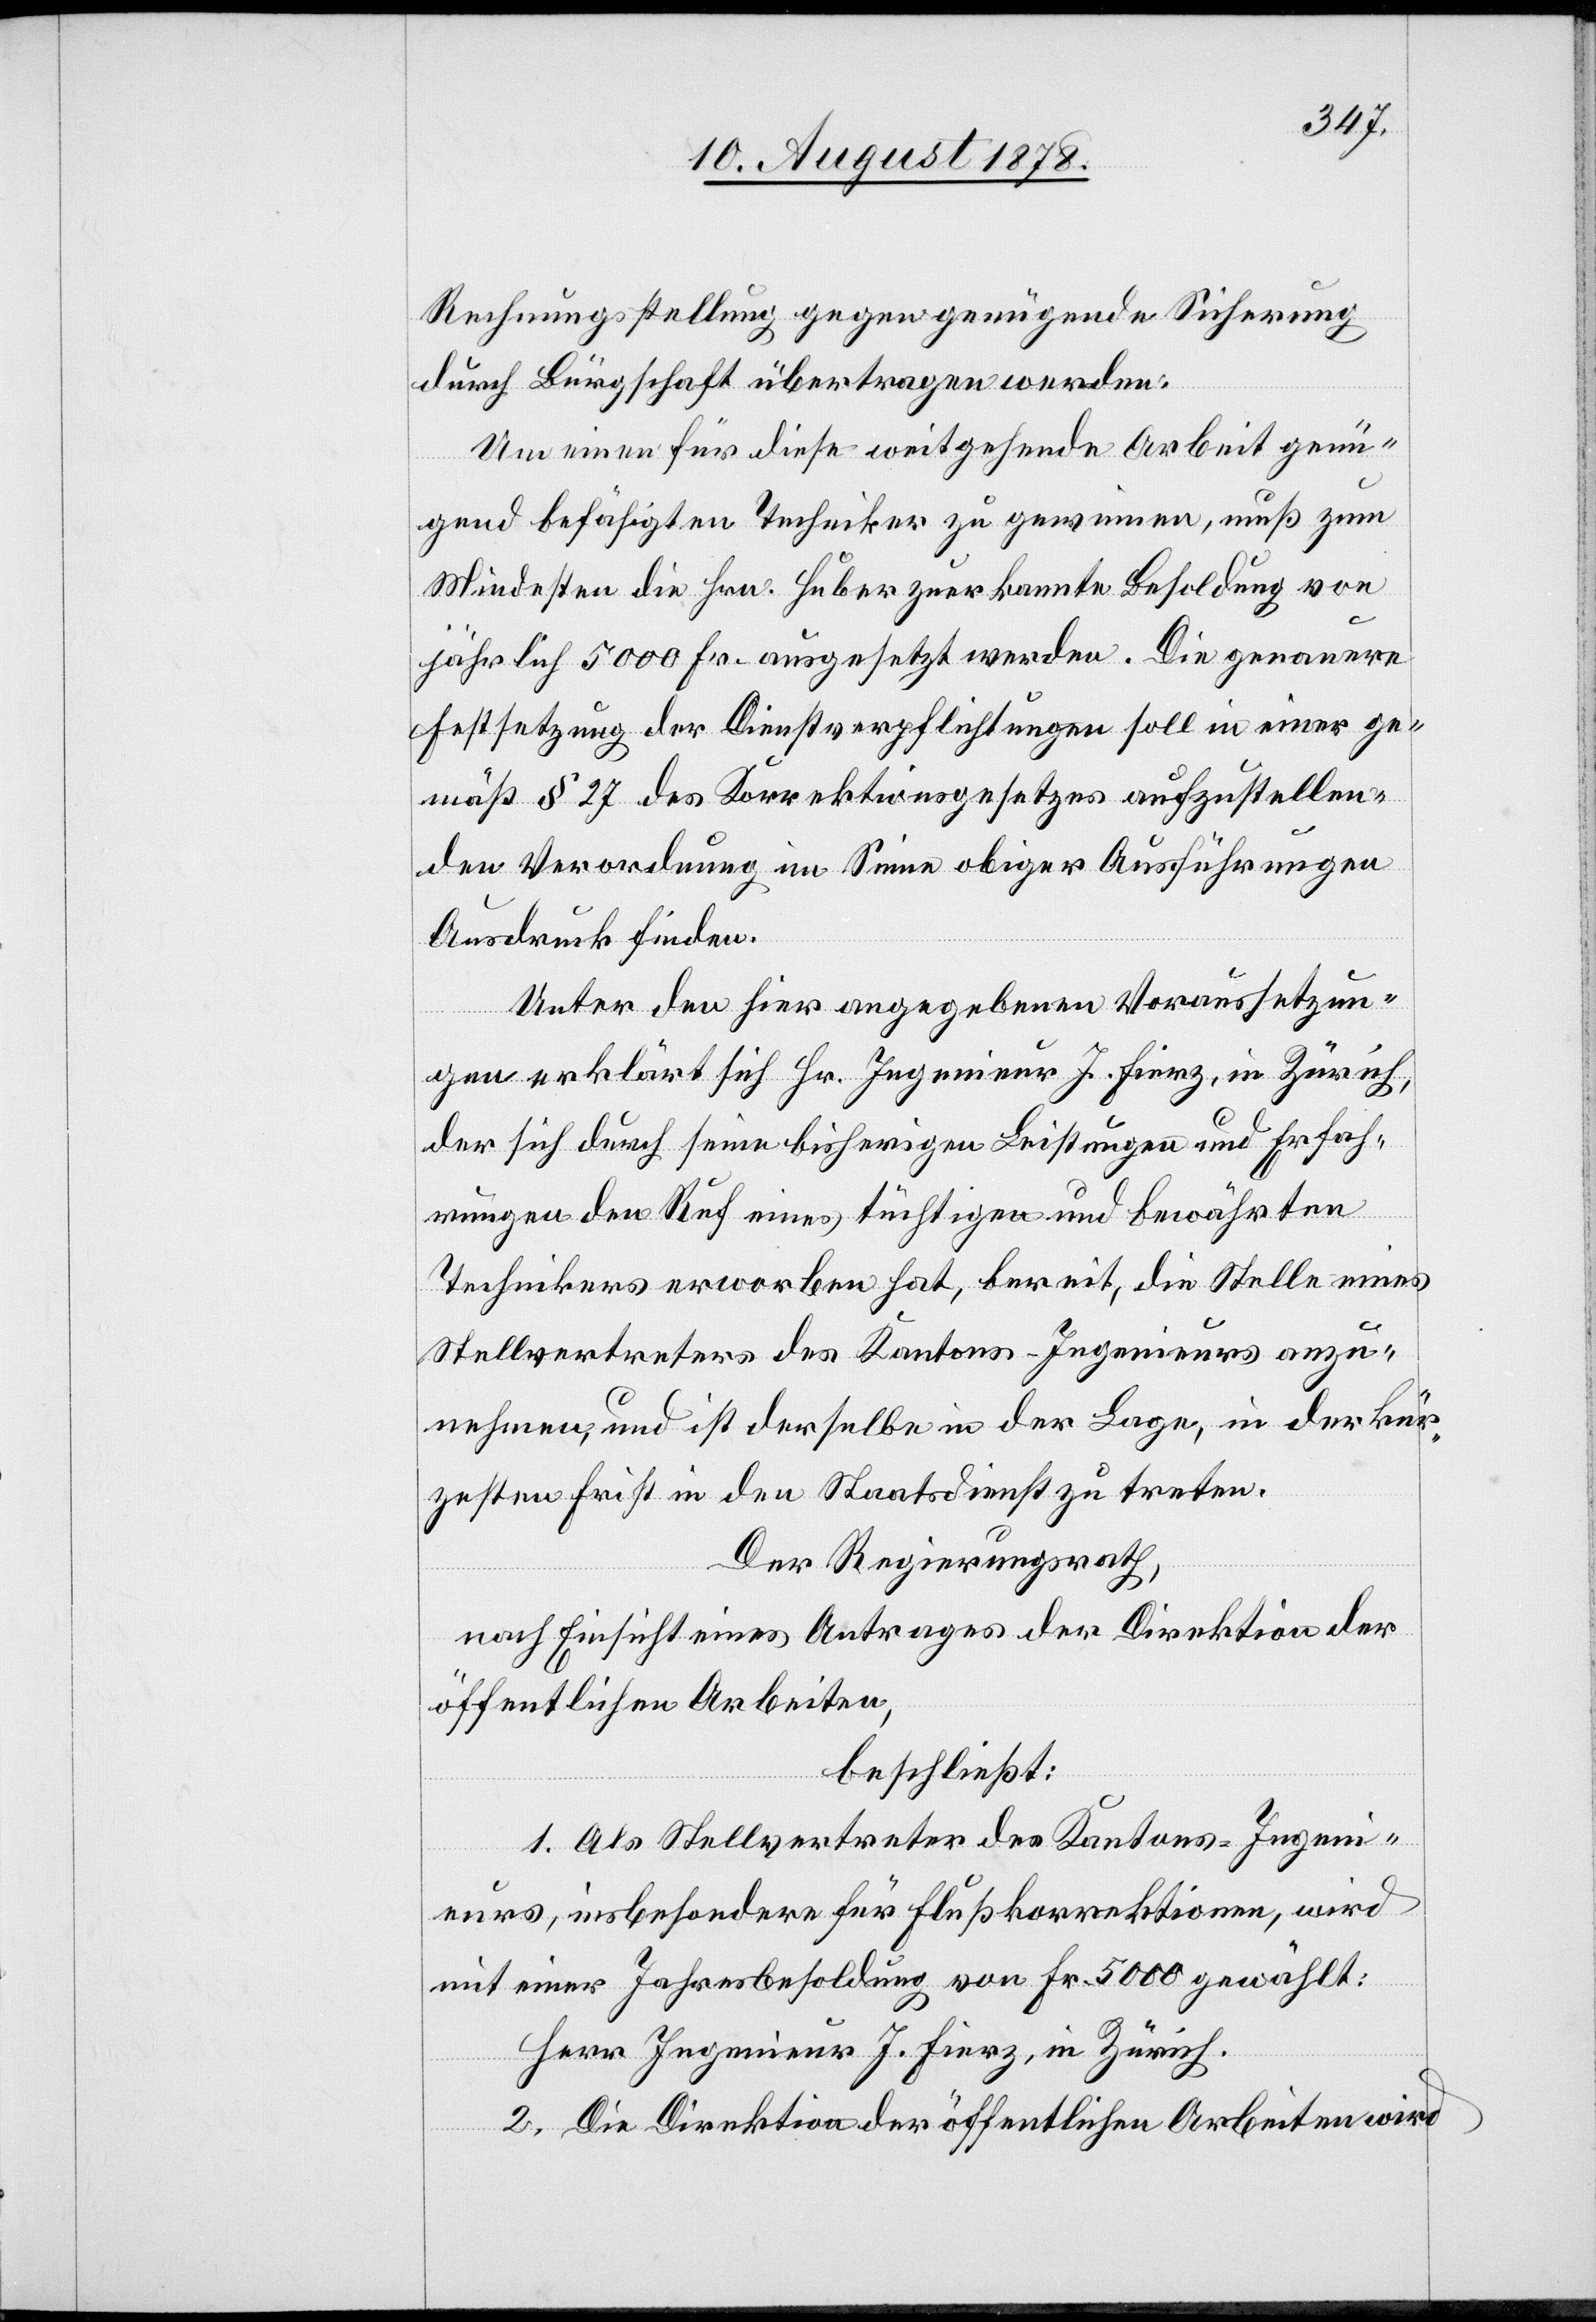
Rechnungsstellung gegen genügende Sicherung
durch Bürgschaft übertragen werden.
Um einen für diese weitgehende arbeit genü¬
gend befähigten Techniker zu gewinnen, muß zum
Mindesten die Hrn. Huber zuerkannte Besoldung von
jährlich 5000 Fr. ausgesetzt werden. Die genauere
Festsetzung der Dienstverpflichtungen soll in einer ge¬
mäß § 27 des Korrektionsgesetzes aufzustellen¬
den Verordnung im Sinne obiger Ausführungen
Ausdruck finden.
Unter den hier angegebenen Voraussetzun¬
gen erklärt sich Hr. Ingenieur J. Fierz, in Zürich,
der sich durch seine bisherigen Leistungen und Erfah¬
rungen den Ruf eines tüchtigen und bewährten
Technikers erworben hat, bereit, die Stelle eines
Stellvertreters des Kantons-Ingenieurs anzu¬
nehmen, und ist derselbe in der Lage, in der kür¬
zesten Frist in den Staatsdienst zu treten.
Der Regierungsrath,
nach Einsicht eines Antrages der Direktion der
öffentlichen Arbeiten,
beschließt:
1. Als Stellvertreter des Kantons-Ingeni¬
eurs, insbesondere für Flußkorrektionen, wird
mit einer Jahresbesoldung von Fr. 5000 gewählt:
Herr Ingenieur J. Fierz, in Zürich.
2. Die Direktion der öffentlichen Arbeiten wird